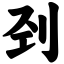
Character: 刭